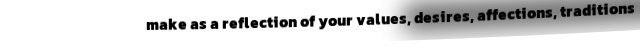
make as a reflection of your values, desires, affections, traditions